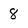
Character: 8